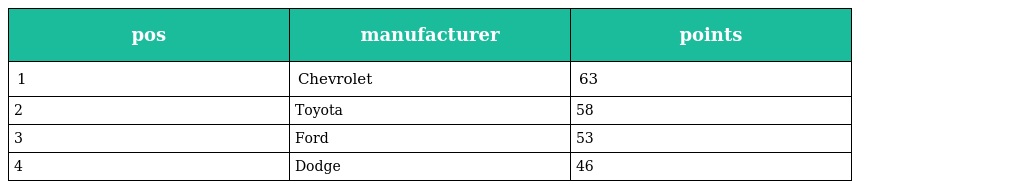
| pos | manufacturer | points |
 | --- | --- | --- |
 | 1 | Chevrolet | 63 |
 | 2 | Toyota | 58 |
 | 3 | Ford | 53 |
 | 4 | Dodge | 46 |